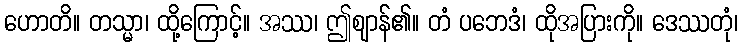
ဟောတိ။ တသ္မာ၊ ထို့ကြောင့်။ အဿ၊ ဤဈာန်၏။ တံ ပဘေဒံ၊ ထိုအပြားကို။ ဒေဿတုံ၊